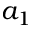
a _ { 1 }